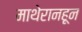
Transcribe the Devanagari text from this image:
माथेरानहून